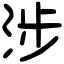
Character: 涉